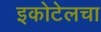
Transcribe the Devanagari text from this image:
इकोटेलचा